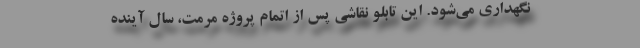
نگهداری می‌شود. این تابلو نقاشی پس از اتمام پروژه مرمت، سال آینده